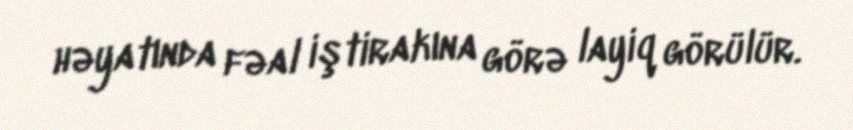
həyatında fəal iştirakına görə layiq görülür.